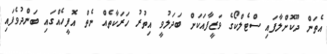
އެތަން ދޫކޮށްލާފައި ސްޓެލްކޯގެ ވަޒީފާއަކަށް ބަދަލުވީ އިތުރު ހަރަކާތެއް ނެތް އޮފީހެއްގައި ބަންދުވެފައި